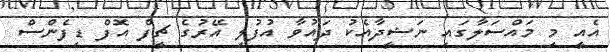
އެއީ މި މައްސަލާގައި ނަޝީދާއެކު ދައުވާ އުފުލި އޭރުގެ ޗީފް އޮފް ޑިފެންސް